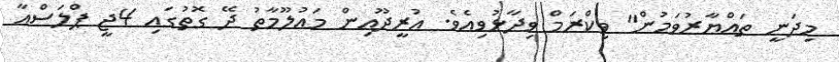
މިދަނީ ތައްޔާރުވަމުން" ވިކްރަމް ވިދާޅުވިއެވެ. އުރީދޫއިން މައުލޫމާތު ދޭ ގޮތުގައި 4ޖީ ޕްލަސްއާ